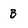
Character: B